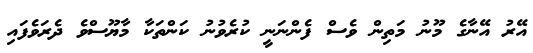
އޭރު އޭނާގެ މޫނު މަތިން ވެސް ފެންނަނީ ކުރެވުނު ކަންތަކާ މާޔޫސްވެ ދެރަވެފައި